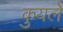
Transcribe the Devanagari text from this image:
कुयले